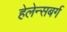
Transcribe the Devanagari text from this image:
हेलेन्सबर्ग